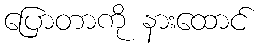
ပြောတာကို နားထောင်